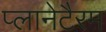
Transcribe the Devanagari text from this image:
प्लानेटैरम